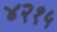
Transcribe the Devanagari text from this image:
४२१५